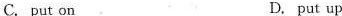
C. put on D. put up